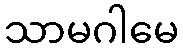
သာမဂါမေ